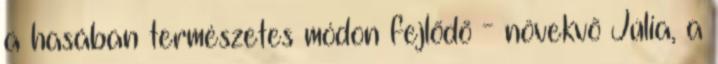
a hasában természetes módon fejlõdõ - növekvõ Júlia, a